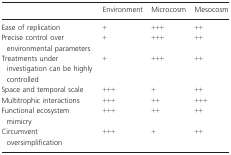
<table><thead><tr><td></td><td><b>Environment</b></td><td><b>Microcosm</b></td><td><b>Mesocosm</b></td></tr></thead><tbody><tr><td>Ease of replication</td><td>+</td><td>+++</td><td>++</td></tr><tr><td>Precise control over environmental parameters</td><td>+</td><td>+++</td><td>++</td></tr><tr><td>Treatments under investigation can be highly controlled</td><td>+</td><td>+++</td><td>++</td></tr><tr><td>Space and temporal scale</td><td>+++</td><td>+</td><td>++</td></tr><tr><td>Multitrophic interactions</td><td>+++</td><td>++</td><td>+++</td></tr><tr><td>Functional ecosystem mimicry</td><td>+++</td><td>++</td><td>++</td></tr><tr><td>Circumvent oversimplification</td><td>+++</td><td>+</td><td>++</td></tr></tbody></table>